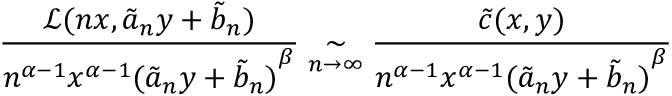
\displaystyle \frac { \mathcal { L } ( n x , \tilde { a } _ { n } y + \tilde { b } _ { n } ) } { n ^ { \alpha - 1 } x ^ { \alpha - 1 } { ( \tilde { a } _ { n } y + \tilde { b } _ { n } ) } ^ { \beta } } \underset { n \to \infty } { \sim } \frac { \tilde { c } ( x , y ) } { n ^ { \alpha - 1 } x ^ { \alpha - 1 } { ( \tilde { a } _ { n } y + \tilde { b } _ { n } ) } ^ { \beta } }